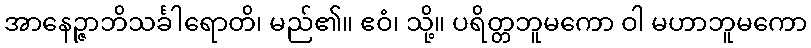
အာနေဉ္ဇာဘိသင်္ခါရောတိ၊ မည်၏။ ဧဝံ၊ သို့။ ပရိတ္တဘူမကော ဝါ မဟာဘူမကော